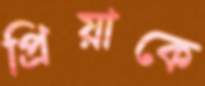
প্রিয়াকে